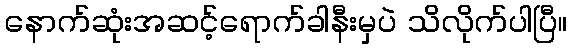
နောက်ဆုံးအဆင့်ရောက်ခါနီးမှပဲ သိလိုက်ပါပြီ။